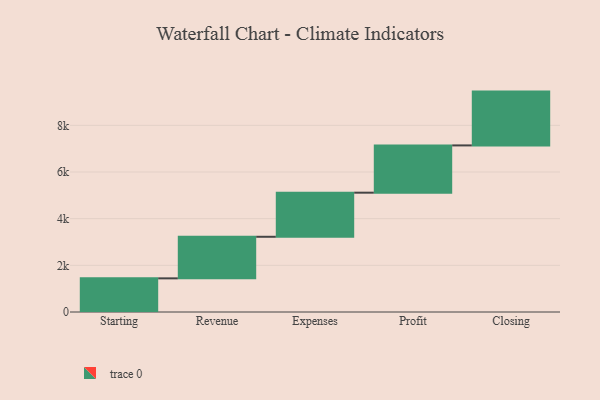
{"axis": {"x": "Step", "y": "Value"}, "legend": [""], "data": [{"x": "Starting", "y": 1442.0, "type": ""}, {"x": "Revenue", "y": 1782.0, "type": ""}, {"x": "Expenses", "y": 1890.0, "type": ""}, {"x": "Profit", "y": 2026.0, "type": ""}, {"x": "Closing", "y": 2306.0, "type": ""}]}